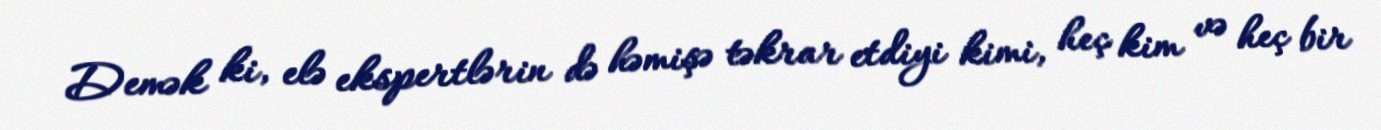
Demək ki, elə ekspertlərin də həmişə təkrar etdiyi kimi, heç kim və heç bir